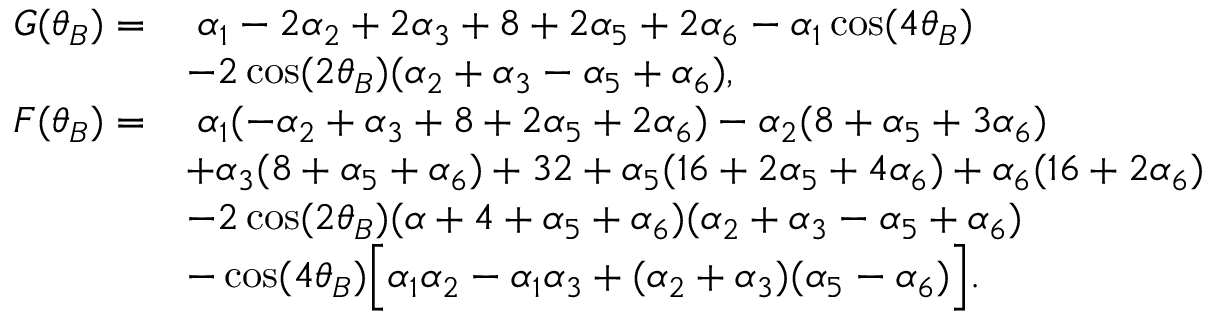
\begin{array} { r l } { G ( \theta _ { B } ) = } & { \; \alpha _ { 1 } - 2 \alpha _ { 2 } + 2 \alpha _ { 3 } + 8 + 2 \alpha _ { 5 } + 2 \alpha _ { 6 } - \alpha _ { 1 } \cos ( 4 \theta _ { B } ) } \\ & { - 2 \cos ( 2 \theta _ { B } ) ( \alpha _ { 2 } + \alpha _ { 3 } - \alpha _ { 5 } + \alpha _ { 6 } ) , } \\ { F ( \theta _ { B } ) = } & { \; \alpha _ { 1 } ( - \alpha _ { 2 } + \alpha _ { 3 } + 8 + 2 \alpha _ { 5 } + 2 \alpha _ { 6 } ) - \alpha _ { 2 } ( 8 + \alpha _ { 5 } + 3 \alpha _ { 6 } ) } \\ & { + \alpha _ { 3 } ( 8 + \alpha _ { 5 } + \alpha _ { 6 } ) + 3 2 + \alpha _ { 5 } ( 1 6 + 2 \alpha _ { 5 } + 4 \alpha _ { 6 } ) + \alpha _ { 6 } ( 1 6 + 2 \alpha _ { 6 } ) } \\ & { - 2 \cos ( 2 \theta _ { B } ) ( \alpha + 4 + \alpha _ { 5 } + \alpha _ { 6 } ) ( \alpha _ { 2 } + \alpha _ { 3 } - \alpha _ { 5 } + \alpha _ { 6 } ) } \\ & { - \cos ( 4 \theta _ { B } ) \Big [ \alpha _ { 1 } \alpha _ { 2 } - \alpha _ { 1 } \alpha _ { 3 } + ( \alpha _ { 2 } + \alpha _ { 3 } ) ( \alpha _ { 5 } - \alpha _ { 6 } ) \Big ] . } \end{array}